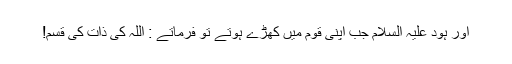
اور ہود علیہ السلام جب اپنی قوم میں کھڑے ہوتے تو فرماتے : اللہ کی ذات کی قسم!